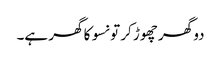
دو گھر چھوڑ کر تو نسو کا گھر ہے۔